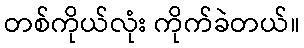
တစ်ကိုယ်လုံး ကိုက်ခဲတယ်။